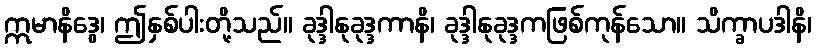
ဣမာနိဒွေ၊ ဤနှစ်ပါးတို့သည်။ ခုဒ္ဒါနုခုဒ္ဒကာနိ၊ ခုဒ္ဒါနုခုဒ္ဒကဖြစ်ကုန်သော။ သိက္ခာပဒါနိ၊